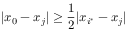
| x _ { 0 } - x _ { j } | \geq \frac 1 2 | x _ { i ^ { \ast } } - x _ { j } |